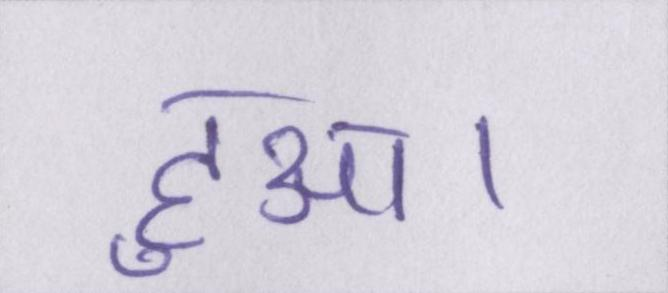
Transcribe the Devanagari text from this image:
हुआ।